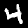
Digit: 4